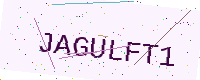
Text: JAGULFT1